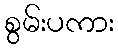
စွမ်းပကား